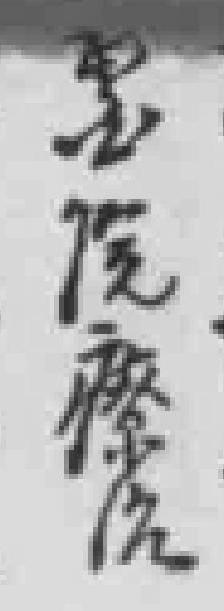
*院療治